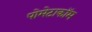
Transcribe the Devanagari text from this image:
पोमेटाकॉम